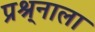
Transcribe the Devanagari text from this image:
प्रश्र्नाला